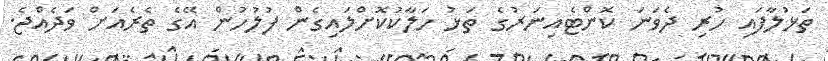
ތަޅުލާފައި ހުރި ދެވަނަ ކޮންޓެއިނަރުގެ ތަޅު ހަލާކުކޮށްލައިގެން ފުލުހުން އޭގެ ތެރެއަށް ވަދެއްޖެ.